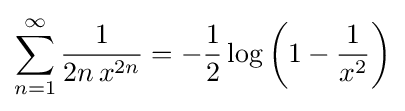
\sum _{n=1}^{\infty }{\frac {1}{2n\,x^{2n}}}=-{\frac {1}{2}}\log \left(1-{\frac {1}{x^{2}}}\right)